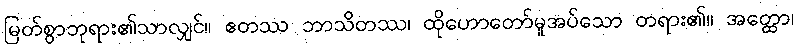
မြတ်စွာဘုရား၏သာလျှင်။ ဧတဿ ဘာသိတဿ၊ ထိုဟောတော်မူအပ်သော တရား၏။ အတ္ထော၊